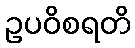
ဥပဝိစရတိ